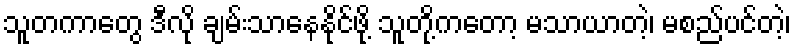
သူတကာတွေ ဒီလို ချမ်းသာနေနိုင်ဖို့ သူတို့ကတော့ မသာယာတဲ့၊ မစည်ပင်တဲ့၊